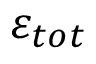
\varepsilon _ { t o t }